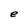
Character: e